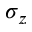
\sigma _ { z }